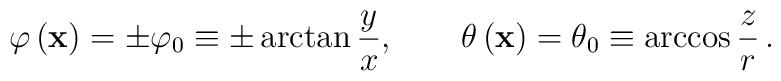
\varphi \left({\bf x}\right) = \pm \varphi_{0}\equiv  \pm \arctan \frac{y}{x}  ,\qquad  \theta \left({\bf x}\right) = \theta_{0}\equiv\arccos \frac{z}{r}\, .